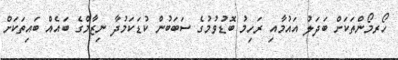
ހޯރމޯންތަކަށް ބަދަލު އައުމާއި ރަހިމު ބޮޑުވުމުގެ ސަބަބުން ކުޑަކަމުދާ ނިޒާމްގެ ބައެއް ބައިތަކަށް